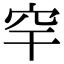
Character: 𥤱